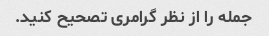
جمله را از نظر گرامری تصحیح کنید.